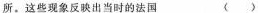
所。这些现象反映出当时的法国 ( )